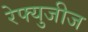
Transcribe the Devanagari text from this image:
रेफ्युजीज